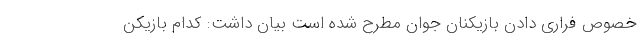
خصوص فراری دادن بازیکنان جوان مطرح شده است بیان داشت: ‌کدام بازیکن